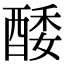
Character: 𨡌